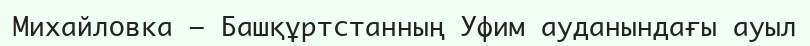
Михайловка — Башқұртстанның Уфим ауданындағы ауыл